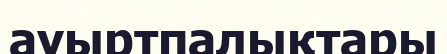
ауыртпалықтары